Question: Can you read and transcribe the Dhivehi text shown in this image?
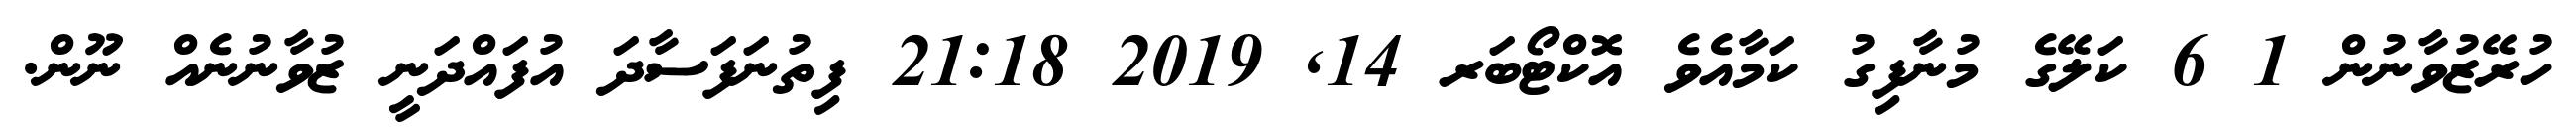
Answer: ހުރޭޒުވާނުން 1 6 ކަލޭގެ މުނާފިގު ކަމާއެވެ އޮކްޓޯބަރ 14, 2019 21:18 ފިތުނަފަސާދަ އުފައްދަނީ ޒުވާނުނެއް ނޫން.